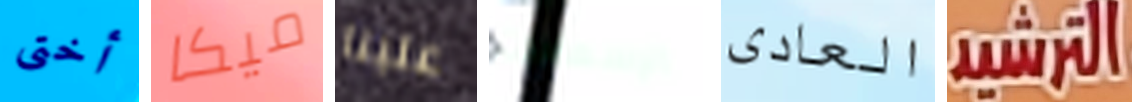
أختى ميكا علينا الإسعافات العادى الترشيد